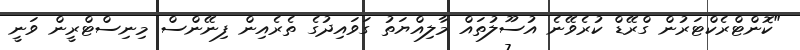
"ކޮންޓްރެކްޓަރުން ގްރޭޑް ކުރެވޭނެ އުސޫލުތައް މާލިއްޔަތު ގަވައިދުގެ ތެރެއިން ފިނޭންސް މިނިސްޓްރީން ވަނީ